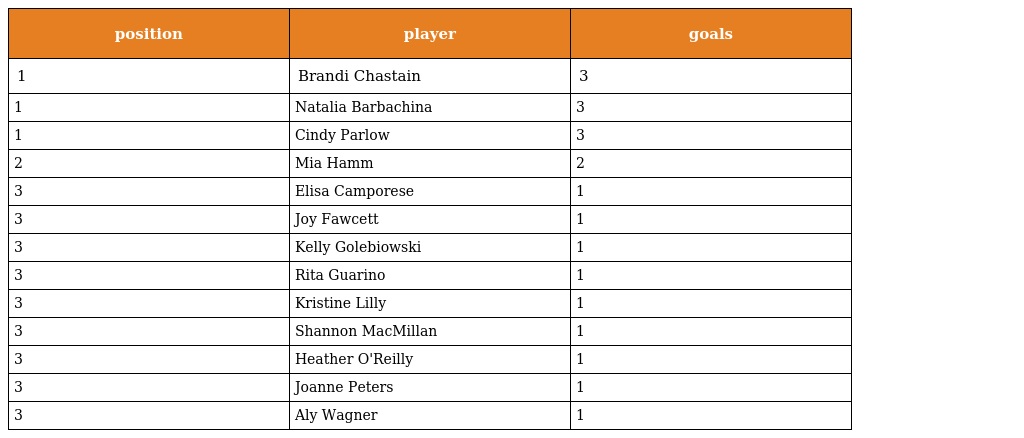
| position | player | goals |
 | --- | --- | --- |
 | 1 | Brandi Chastain | 3 |
 | 1 | Natalia Barbachina | 3 |
 | 1 | Cindy Parlow | 3 |
 | 2 | Mia Hamm | 2 |
 | 3 | Elisa Camporese | 1 |
 | 3 | Joy Fawcett | 1 |
 | 3 | Kelly Golebiowski | 1 |
 | 3 | Rita Guarino | 1 |
 | 3 | Kristine Lilly | 1 |
 | 3 | Shannon MacMillan | 1 |
 | 3 | Heather O'Reilly | 1 |
 | 3 | Joanne Peters | 1 |
 | 3 | Aly Wagner | 1 |